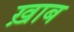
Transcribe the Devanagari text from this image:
ख़ाब